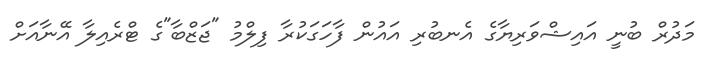
މަދުރް ބުނީ އައިޝްވަރިޔާގެ އެނބުރި އައުން ފާހަގަކުރާ ފިލްމު "ޖަޒްބާ"ގެ ޓްރެއިލާ އޭނާއަށް